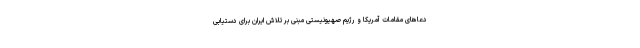
دعاهای مقامات آمریکا و رژیم صهیونیستی مبنی بر تلاش ایران برای دستیابی